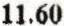
11.60